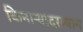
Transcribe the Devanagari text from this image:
किनाऱ्यादरम्यान